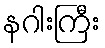
နဂါးကြီး